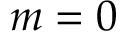
m = 0